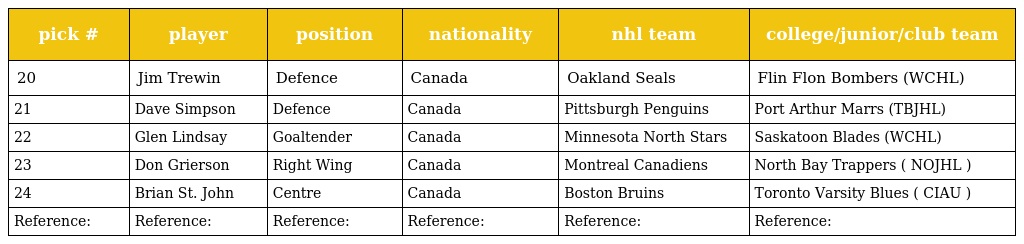
| pick # | player | position | nationality | nhl team | college/junior/club team |
 | --- | --- | --- | --- | --- | --- |
 | 20 | Jim Trewin | Defence | Canada | Oakland Seals | Flin Flon Bombers (WCHL) |
 | 21 | Dave Simpson | Defence | Canada | Pittsburgh Penguins | Port Arthur Marrs (TBJHL) |
 | 22 | Glen Lindsay | Goaltender | Canada | Minnesota North Stars | Saskatoon Blades (WCHL) |
 | 23 | Don Grierson | Right Wing | Canada | Montreal Canadiens | North Bay Trappers ( NOJHL ) |
 | 24 | Brian St. John | Centre | Canada | Boston Bruins | Toronto Varsity Blues ( CIAU ) |
 | Reference: | Reference: | Reference: | Reference: | Reference: | Reference: |